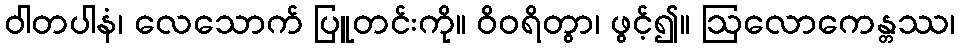
ဝါတပါနံ၊ လေသောက် ပြူတင်းကို။ ဝိဝရိတွာ၊ ဖွင့်၍။ ဩလောကေန္တဿ၊